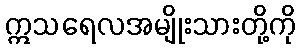
ဣသရေလအမျိုးသားတို့ကို